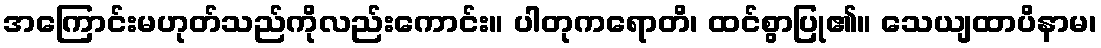
အကြောင်းမဟုတ်သည်ကိုလည်းကောင်း။ ပါတုကရောတိ၊ ထင်စွာပြု၏။ သေယျထာပိနာမ၊